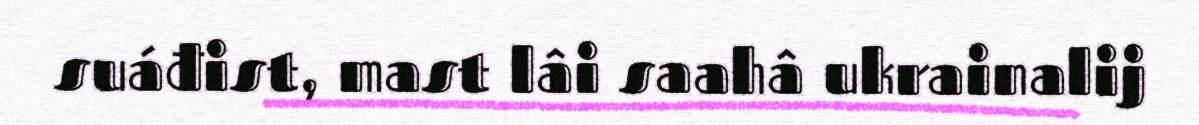
suáđist, mast lâi saahâ ukrainalij